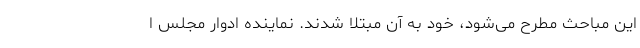
این مباحث مطرح می‌شود، خود به آن مبتلا شدند. نماینده ادوار مجلس ا